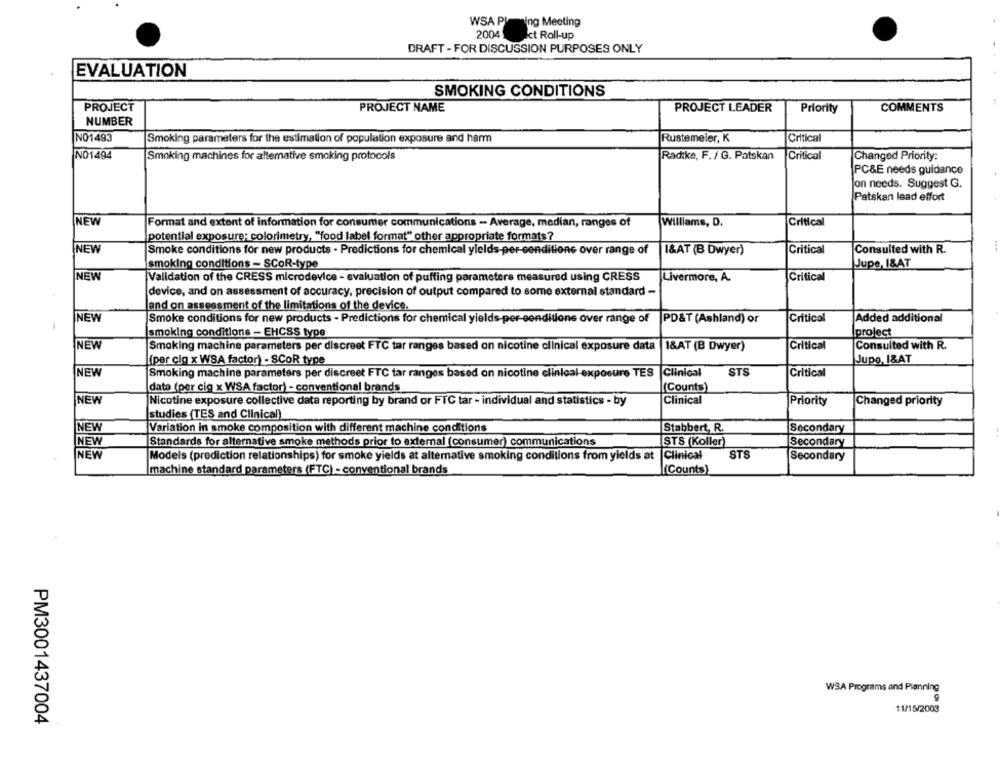
WSA Plating Meeting
2004
Ict Roll-up
DRAFT - FOR DISCUSSION PURPOSES ONLY
EVALUATION
SMOKING CONDITIONS
PROJECT
COMMENTS
PROJECT NAME
PROJECT LEADER
Priority
NUMBER
NO1493
Rustemeler, K
Critical
Smoking parameters for the estimation of population exposure and harm
NO1494
Smoking machines for altemative smoking protocols
Radike, F. / G. Patskan
Critical
Changed Priority:
PC&E needs guidance
Jon needs. Suggest G.
Patskan lead effort
NEW
Critical
Format and extent of information for consumer communications - Average, median, ranges of
Williams, D.
potential exposure; colorimetry, "food label format" other appropriate formats?
NEW
Smoke conditions for new products . Predictions for chemical yields-per-conditions over range of
I&AT (B Dwyer)
Critical
Consulted with R.
smoking conditions - SCoR-type
Jupe, I&AT
NEW
Validation of the CRESS microdevice - evaluation of puffing parameters measured using CRESS
Livermore, A.
Critical
device, and on assessment of accuracy, precision of output compared to some external standard -
and on assessment of the limitations of the device.
NEW
Smoke conditions for new products - Predictions for chemical yields-per-eenditions over range of
PD&T (Ashland) or
Critical
Added additional
-
smoking conditions - EHCSS type
project
NEW
Smoking machine parameters per discreet FTC tar ranges based on nicotine clinical exposure data |1&AT (B Dwyer)
Critical
Consulted with R.
Jupe, 1&AT
(per cig x WSA factor) - SCOR type
NEW
Smoking machine parameters per discreet FTC tar ranges based on nicotine clinical-exposure TES
Clinical
STS
Critical
data (per cig x WSA factor) - conventional brands
(Counts)
NEW
Nicotine exposure collective data reporting by brand or FTC tar - individual and statistics - by
Clinical
Priority
Changed priority
studies (TES and Clinical)
NEW
Variation in smoke composition with different machine conditions
Stabbert, R.
Secondary
NEW
Standards for alternative smoke methods prior to external (consumer) communications
STS (Koller)
Secondary
NEW
Models (prediction relationships) for smoke yields at alternative smoking conditions from yields at Clinical
STS
Secondary
machine standard parameters (FTC) - conventional brands
(Counts)
WSA Programs and Planning
C
11/15/2003
PM3001437004